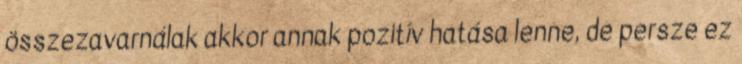
összezavarnálak akkor annak pozitív hatása lenne, de persze ez